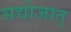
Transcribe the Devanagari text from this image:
सद्योजात्